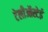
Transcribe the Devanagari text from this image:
टेलीऑस्टेई